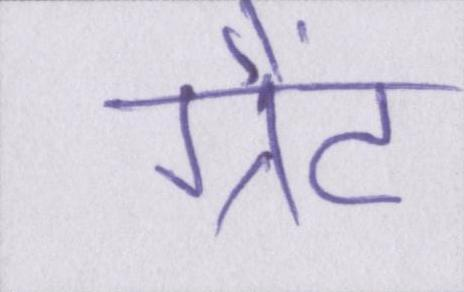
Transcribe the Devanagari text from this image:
ग्रैंट